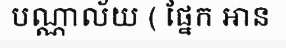
បណ្ណាល័យ ( ផ្នែក អាន